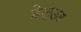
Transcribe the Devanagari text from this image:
हेल्डर